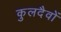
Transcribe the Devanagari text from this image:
कुलदैवों